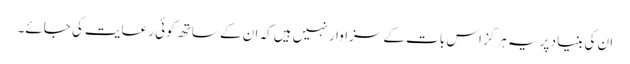
ان کی بنیاد پر یہ ہرگز اس بات کے سزاوار نہیں ہیں کہ ان کے ساتھ کوئی رعایت کی جائے۔